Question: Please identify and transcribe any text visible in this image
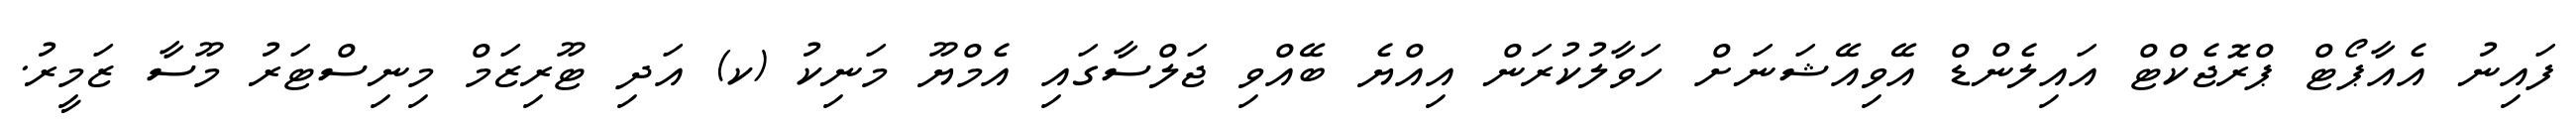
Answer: ފައިނު އެއާޕޯޓް ޕްރޮޖެކްޓް އައިލެންޑް އޭވިއޭޝަނަށް ހަވާލުކުރަން އިއްޔެ ބޭއްވި ޖަލްސާގައި އެމްޔޫ މަނިކު (ކ) އަދި ޓޫރިޒަމް މިނިސްޓަރު މޫސާ ޒަމީރު.